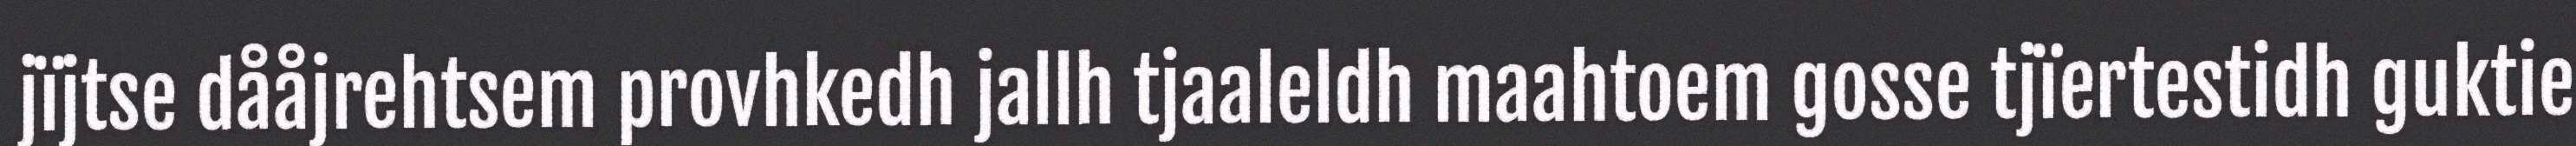
jïjtse dååjrehtsem provhkedh jallh tjaaleldh maahtoem gosse tjïertestidh guktie